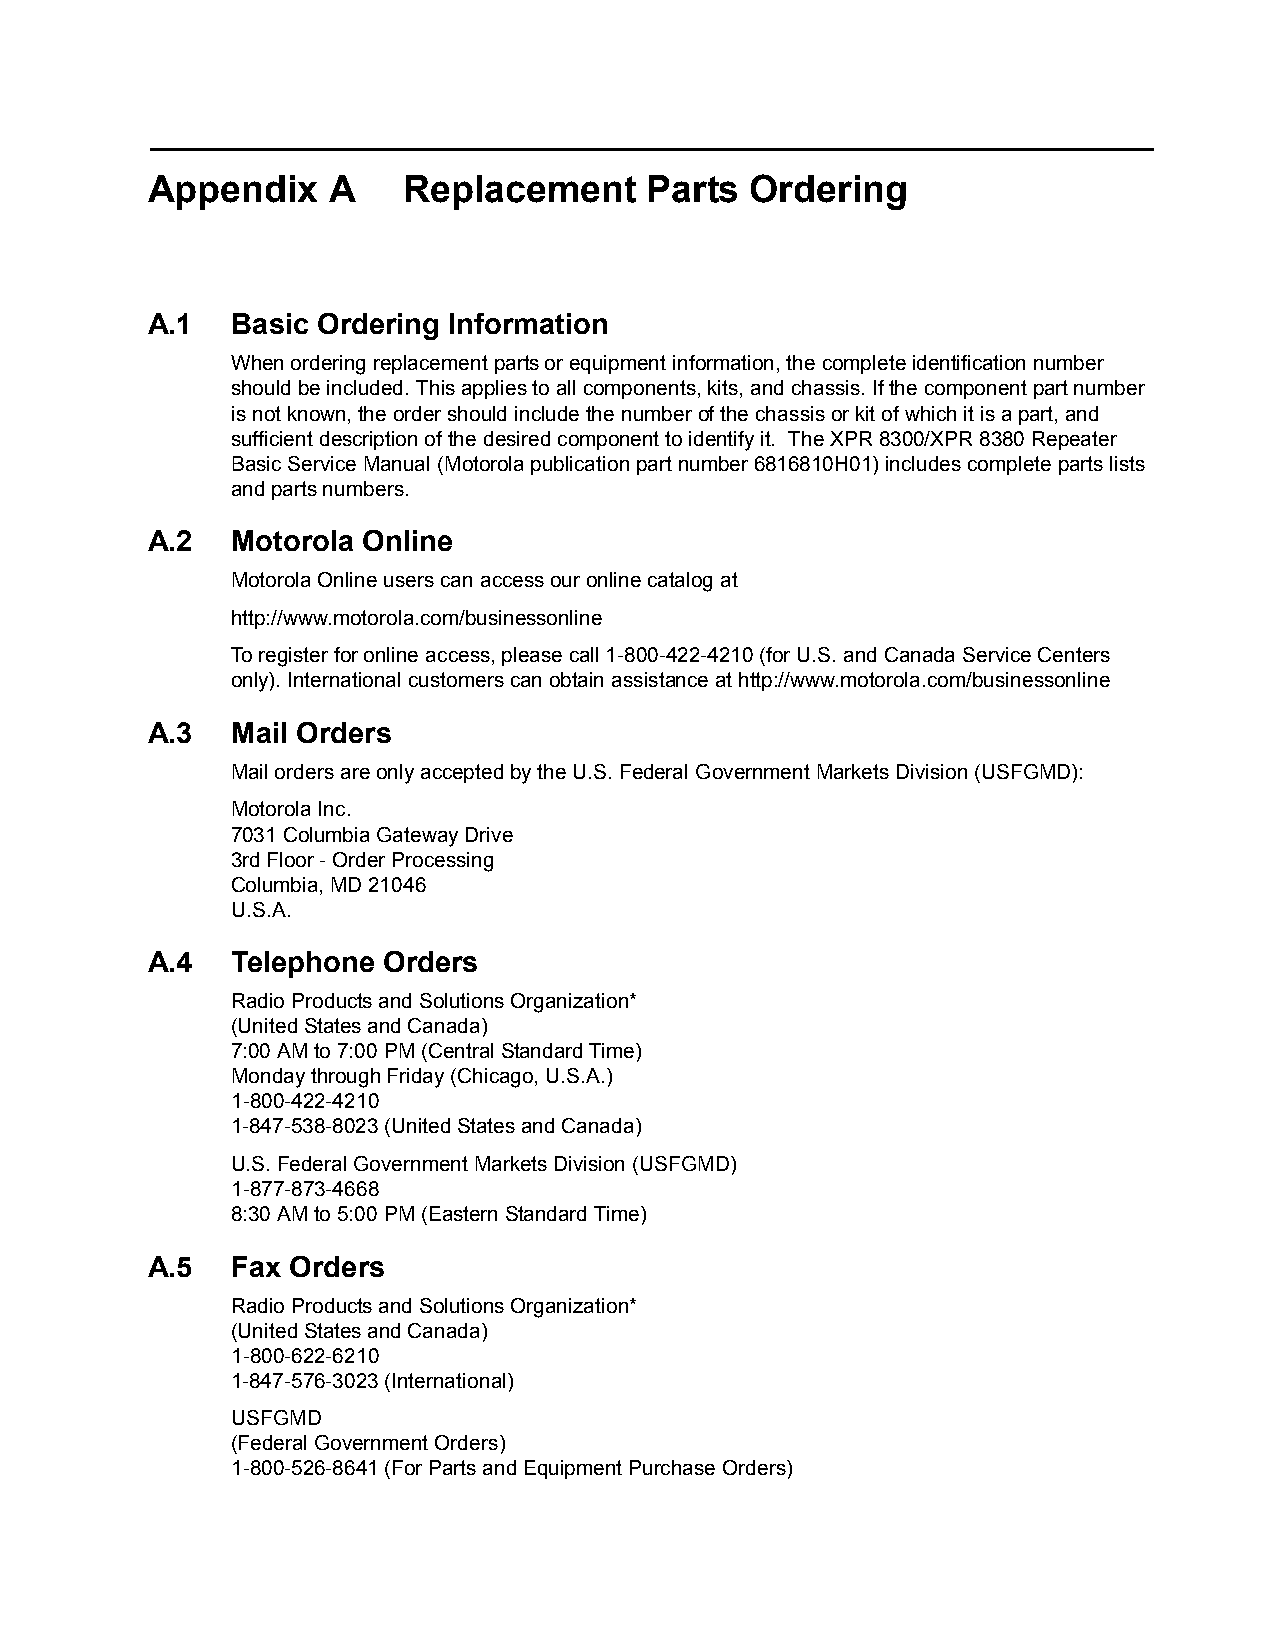
Appendix    A    Replacement     Parts  Ordering
 A.1  Basic Ordering Information
 When ordering replacement parts or equipment information, the complete identification number
 should be included. This applies to all components, kits, and chassis. If the component part number
 is not known, the order should include the number of the chassis or kit of which it is a part, and
 sufficient description of the desired component to identify it. The XPR 8300/XPR 8380 Repeater
 Basic Service Manual (Motorola publication part number 6816810H01) includes complete parts lists
 and parts numbers.
 A.2  Motorola Online
 Motorola Online users can access our online catalog at
 http://www.motorola.com/businessonline
 To register for online access, please call 1-800-422-4210 (for U.S. and Canada Service Centers
 only). International customers can obtain assistance at http://www.motorola.com/businessonline
 A.3  Mail Orders
 Mail orders are only accepted by the U.S. Federal Government Markets Division (USFGMD):
 Motorola Inc.
 7031 Columbia Gateway Drive
 3rd Floor - Order Processing
 Columbia, MD 21046
 U.S.A.
 A.4  Telephone Orders
 Radio Products and Solutions Organization*
 (United States and Canada)
 7:00 AM to 7:00 PM (Central Standard Time)
 Monday through Friday (Chicago, U.S.A.)
 1-800-422-4210
 1-847-538-8023 (United States and Canada)
 U.S. Federal Government Markets Division (USFGMD)
 1-877-873-4668
 8:30 AM to 5:00 PM (Eastern Standard Time)
 A.5  Fax Orders
 Radio Products and Solutions Organization*
 (United States and Canada)
 1-800-622-6210
 1-847-576-3023 (International)
 USFGMD
 (Federal Government Orders)
 1-800-526-8641 (For Parts and Equipment Purchase Orders)